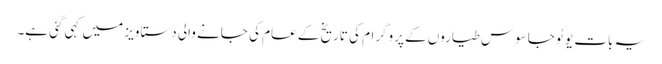
یہ بات یو ٹو جاسوس طیاروں کے پروگرام کی تاریخ کے عام کی جانے والی دستاویز میں کہی گئی ہے۔